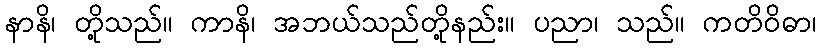
နာနိ၊ တို့သည်။ ကာနိ၊ အဘယ်သည်တို့နည်း။ ပညာ၊ သည်။ ကတိဝိဓာ၊